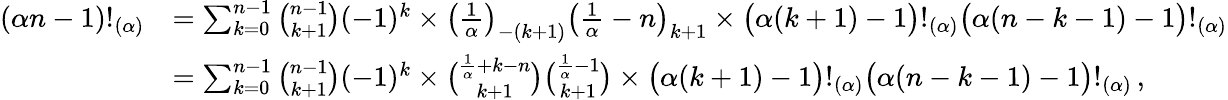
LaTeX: {\begin{array}{rl}{(\alpha n-1)!_{(\alpha)}}&{=\sum_{k=0}^{n-1}{\binom{n-1}{k+1}}(-1)^{k}\times\left({\frac{1}{\alpha}}\right)_{-(k+1)}\left({\frac{1}{\alpha}}-n\right)_{k+1}\times{\bigl(}\alpha(k+1)-1{\bigr)}!_{(\alpha)}{\bigl(}\alpha(n-k-1)-1{\bigr)}!_{(\alpha)}}\\ &{=\sum_{k=0}^{n-1}{\binom{n-1}{k+1}}(-1)^{k}\times{\binom{{\frac{1}{\alpha}}+k-n}{k+1}}{\binom{{\frac{1}{\alpha}}-1}{k+1}}\times{\bigl(}\alpha(k+1)-1{\bigr)}!_{(\alpha)}{\bigl(}\alpha(n-k-1)-1{\bigr)}!_{(\alpha)}\, ,}\end{array}}